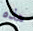
هذه